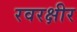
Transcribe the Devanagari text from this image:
रवरक्षीर